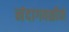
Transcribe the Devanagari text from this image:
नंदागवळीने